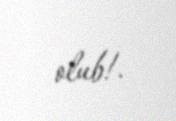
olub!.